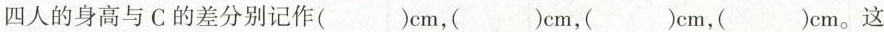
四人的身高与C的差分别记作( )cm，( )cm，( )cm，( )cm。这